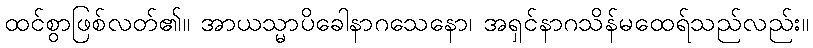
ထင်စွာဖြစ်လတ်၏။ အာယသ္မာပိခေါနာဂသေနော၊ အရှင်နာဂသိန်မထေရ်သည်လည်း။